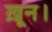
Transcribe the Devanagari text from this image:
ख़ून।